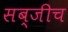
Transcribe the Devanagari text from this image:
सब्जीच